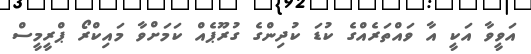
އަވީވާ އަކީ އާ ވައްތަރެއްގެ ކުޑަ ކުދިންގެ ގުރޫޕެއް ކަމަށްވާ މައިކްރޯ ޕްރީމީސް